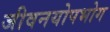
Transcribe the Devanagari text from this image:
जीवनयोपभोग